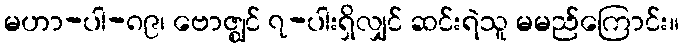
မဟာ-ပါ-၈၉၊ ဗောဇ္ဈင် ၇-ပါးရှိလျှင် ဆင်းရဲသူ မမည်ကြောင်း။